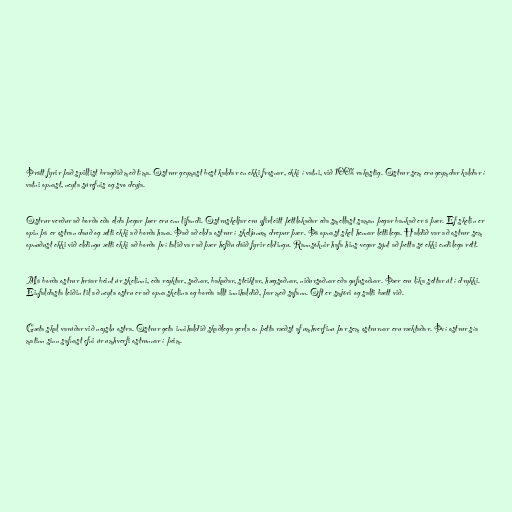
Þrátt fyrir það spillist bragðið með tíma. Ostrur geymast best kaldar en ekki frosnar, ekki í vatni, við 100% rakastig. Ostrur sem eru geymdar kaldar í
vatni opnast, neyta súrefnis og svo deyja.

Ostrur verður að borða eða elda þegar þær eru enn lifandi. Ostruskeljar eru yfirleitt þéttlokaðar eða smellast saman þegar bankað er á þær. Ef skelin er
opin þá er ostran dauð og ætti ekki að borða hana. Það að elda ostrur í skeljunum drepur þær. Þá opnast skel hennar léttilega. Haldið var að ostrur sem
opnuðust ekki við eldingu ætti ekki að borða því talið var að þær hefðu dáið fyrir eldingu. Rannsóknir hafa hins vegar sýnt að þetta sé ekki endilega rétt.

Má borða ostrur hráar beint úr skelinni, eða reyktar, soðnar, bakaðar, steiktar, hægsoðnar, niðursoðnar eða gufusoðnar. Þær eru líka settar út í drykki.
Einfaldasta leiðin til að neyta ostru er að opna skelina og borða allt innihaldið, þar með safann. Oft er smjöri og salti bætt við.

Gæta skal varúðar við neyslu ostra. Ostrur geta innihaldið skaðlega gerla en þetta ræðst af umhverfinu þar sem ostrurnar eru ræktaðar. Því ostrur sía
matinn sinn safnast efni úr umhverfi ostrunnar í þeim.